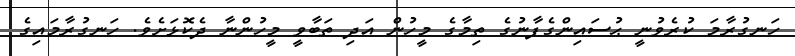
ހަނގުރާމަ ކުރެވުނީ ޙުސައިންގެފާނުގެ ތިމާގެ މީހުން އަދި ތަބާވީ މީހުންނާ ދެކޮޅަށެވެ. ހަނގުރާމައިގެ